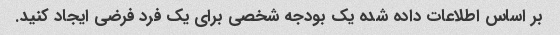
بر اساس اطلاعات داده شده یک بودجه شخصی برای یک فرد فرضی ایجاد کنید.